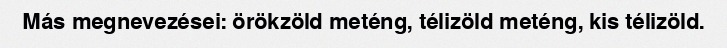
Más megnevezései: örökzöld meténg, télizöld meténg, kis télizöld.